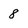
Character: 8